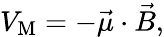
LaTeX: V_{\mathrm{{M}}}=-{\vec{\mu}}\cdot{\vec{B}},